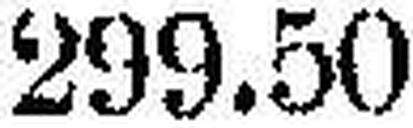
299.50